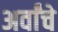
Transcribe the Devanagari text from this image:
अर्वांचे